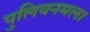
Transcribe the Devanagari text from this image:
पुलियनमला